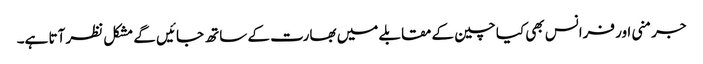
جرمنی اور فرانس بھی کیا چین کے مقابلے میں بھارت کے ساتھ جائیں گے مشکل نظر آتا ہے۔